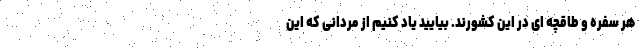
هر سفره و طاقچه ای در این کشورند. بیایید یاد کنیم از مردانی که این